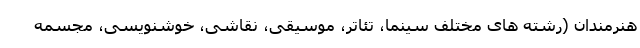
هنرمندان (رشته های مختلف سینما، تئاتر، موسیقی، نقاشی، خوشنویسی، مجسمه